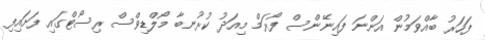
ފަހަރު ބާއްވަމުން އަންނަ ފައިނޭންސް ފޯރަމް މިއަދު ކުރުނބާ މޯލްޑިވްސް ރިސޯޓްގައި ފަށައިފި